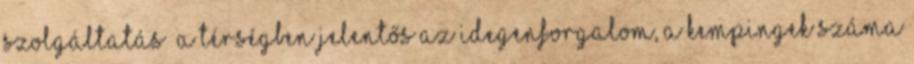
szolgáltatás ▪A térségben jelentős az idegenforgalom, a kempingek száma